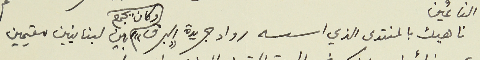
ناهيك بالمنتدى الذي اسسه رواد جريدة "البرق" وكان يجمع بين لبنانيين مقيمين